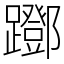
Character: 䠬